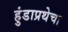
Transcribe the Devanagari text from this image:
हुंडाप्रथेचा